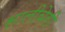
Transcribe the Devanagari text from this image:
सालीबेरी